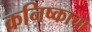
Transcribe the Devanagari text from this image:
कनिष्काचा